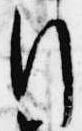
行